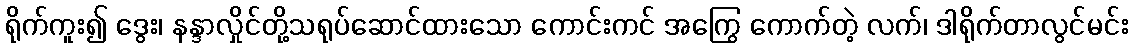
ရိုက်ကူး၍ ဒွေး၊ နန္ဒာလှိုင်တို့သရုပ်ဆောင်ထားသော ကောင်းကင် အကြွေ ကောက်တဲ့ လက်၊ ဒါရိုက်တာလွင်မင်း